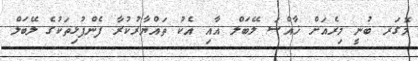
މޮގަރ ބުނީ މިރެއަށް ޚާއްސަ ލޭބަލް އާއި އެކު ތައްޔާރުކުރާ ފެންފުޅިތަކުގެ ލޭބަލް